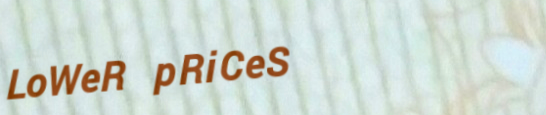
LoWeR pRiCeS